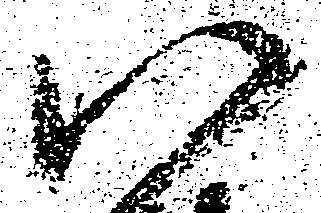
い